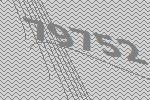
79752